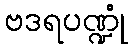
ဗဒရပဏ္ဍုံ